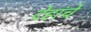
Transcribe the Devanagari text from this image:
देहांचे